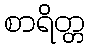
စာရိတ္တ